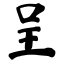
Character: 呈